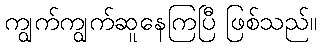
ကျွက်ကျွက်ဆူနေကြပြီ ဖြစ်သည်။